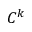
C ^ { k }